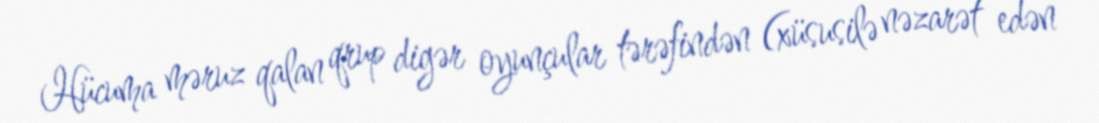
Hücuma məruz qalan qrup digər oyunçular tərəfindən (xüsusilə nəzarət edən